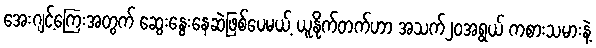
အေးဂျင့်ကြေးအတွက် ဆွေးနွေးနေဆဲဖြစ်ပေမယ့် ယူနိုက်တက်ဟာ အသက်၂၀အရွယ် ကစားသမားနဲ့